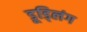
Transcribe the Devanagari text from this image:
डूड्लिंग